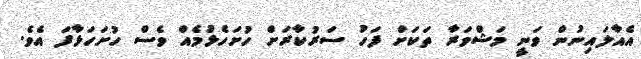
އެއާލައިނުން ވަނީ މަޝްވަރާ ތަކަށް ފަހު ސަރުކާރަށް ހުށަހެޅުމެއް ވެސް ހުށަހަޅާފަ އެވެ.